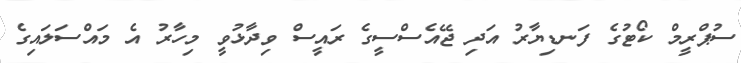
ސުޕްރީމް ކޯޓުގެ ފަނޑިޔާރު އަދި ޖޭއެސްސީގެ ރައީސް ވިދާޅުވީ މިހާރު އެ މައްސަލައިގެ